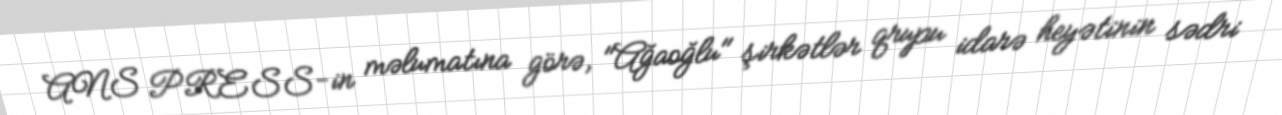
ANS PRESS-in məlumatına görə, "Ağaoğlu" şirkətlər qrupu idarə heyətinin sədri